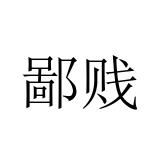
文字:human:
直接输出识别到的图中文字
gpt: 鄙贱